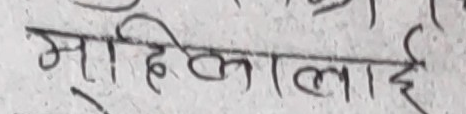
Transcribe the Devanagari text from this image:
महिलालाई